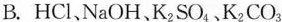
B. HCl、NaOH、K_{2}SO_{4}、K_{2}CO_{3}